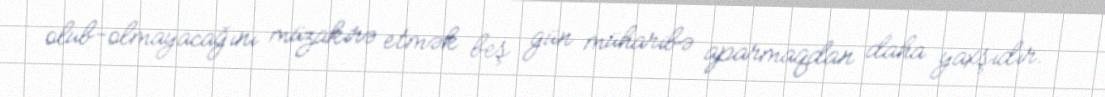
olub-olmayacağını müzakirə etmək beş gün müharibə aparmaqdan daha yaxşıdır.